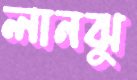
লানঝু